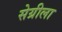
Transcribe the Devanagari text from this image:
सेग्रीला